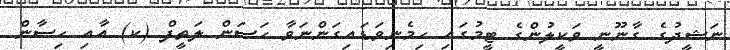
ނަޝީދުގެ ގާނޫނީ ވަކީލުންގެ ޓީމުގައި ހިމެނިވަޑައިގަންނަވާ ހަސަން ލަތީފް (ކ) އާއި ހިސާން